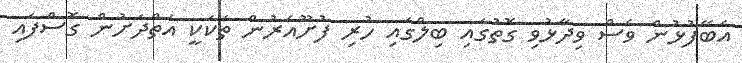
އެބޭފުޅުން ވެސް ވިދާޅުވި ގޮތުގައި ބިލްގައި ހުރި ފުށޫއެރުން ތަކަކީ އަތްދަށުން ގޮސްފައި